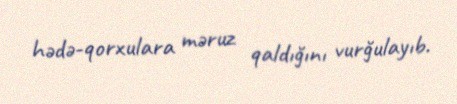
hədə-qorxulara məruz qaldığını vurğulayıb.